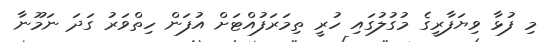
މި ފުޅާ ވިޔަފާރީގެ މުގުލުގައި ހުރީ ތިމަރަފުއްޓަށް އުފަން ހިތްވަރު ގަދަ ނަމޫނާ